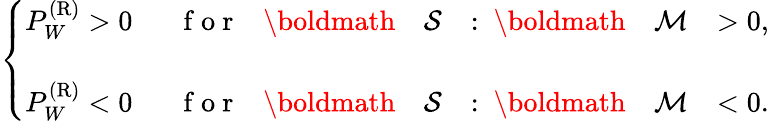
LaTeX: \left\{ {\begin{array}{ll}{P_{W}^{(\mathrm{{R}})}>0\; \; }&{\mathrm{~f~o~r~}\; \; \mathrm{~\boldmath~{~\cal~{~S~}~}~}:\mathrm{~\boldmath~{~\cal~{~M~}~}~}>0,}\\ {P_{W}^{(\mathrm{{R}})}<0\; \; }&{\mathrm{~f~o~r~}\; \; \mathrm{~\boldmath~{~\cal~{~S~}~}~}:\mathrm{~\boldmath~{~\cal~{~M~}~}~}<0.\rule{0ex}{5ex}}\end{array}}\right.